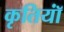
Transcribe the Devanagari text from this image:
कृतियॉं